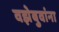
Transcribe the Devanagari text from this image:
वझेबुवांना